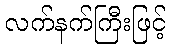
လက်နက်ကြီးဖြင့်